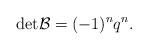
LaTeX: \begin{align*}\mathrm{det}\mathcal{B}=(-1)^{n}q^{n}.\end{align*}